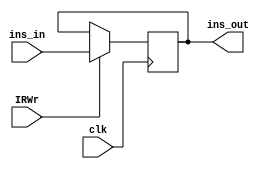
module ir(ins_in,ins_out,IRWr,clk);
  input             clk ;
  input             IRWr ;
  input   [31:0]    ins_in ; 
  output  [31:0]    ins_out ;
  reg     [31:0]    ins_out ;
  always @ ( posedge clk )
    if( IRWr )
      ins_out[31:0] = ins_in[31:0] ;
endmodule